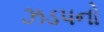
ઝડપનો